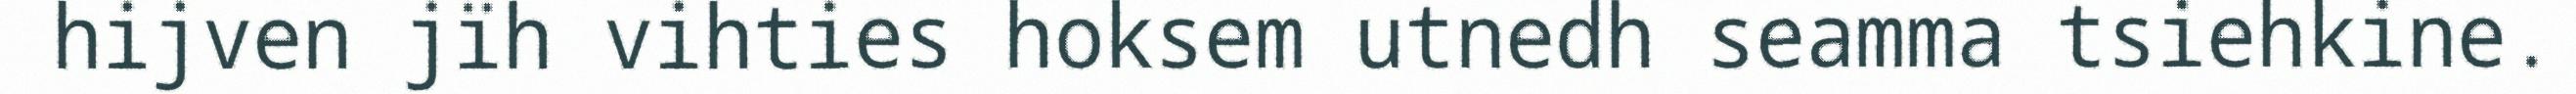
hijven jïh vihties hoksem utnedh seamma tsiehkine.